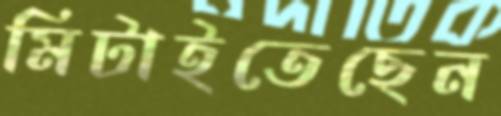
মিটাইতেছেন